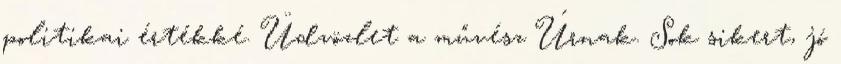
politikai értékké. Üdvözlet a művész Úrnak. Sok sikert, jó